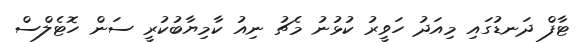
ޓާފް ދަނޑުގައި މިއަދު ހަވީރު ކުޅުނު މެޗު ނިއު ކާމިޔާބުކުރީ ސަން ހޮޓެލްސް